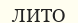
ЛИТО